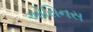
ઓસિનસ